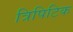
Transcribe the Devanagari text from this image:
त्रिपिटिक